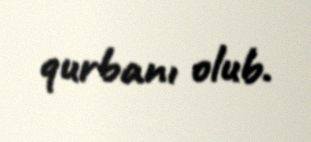
qurbanı olub.